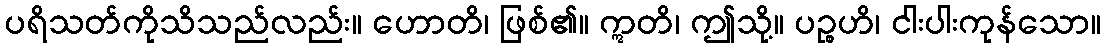
ပရိသတ်ကိုသိသည်လည်း။ ဟောတိ၊ ဖြစ်၏။ ဣတိ၊ ဤသို့။ ပဉ္စဟိ၊ ငါးပါးကုန်သော။